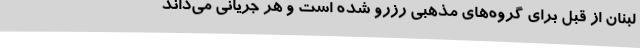
لبنان از قبل برای گروه‌های مذهبی رزرو شده است و هر جریانی ‌می‌داند